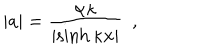
| a | = \frac { \alpha \kappa } { \left| \sinh \kappa x \right| } ~ ~ ,